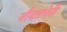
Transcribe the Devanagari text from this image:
नौबतभेरी